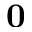
\mathbf { 0 }